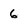
Character: 6